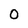
Character: 0